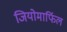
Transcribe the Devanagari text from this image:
जियोमार्फिल